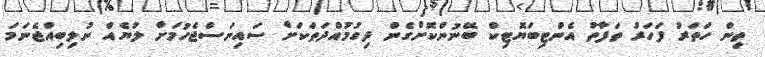
ތިން ހަތަރު ފަހަރު ތަފާތު އެންޓިބަޔޮޓިކް ބޭނުންކޮށްގެން ދިގުމުއްދަތަކަށް ސައިނަސްޖެހުމަށް ލުޔެއް ނުލިބިއްޖެނަމަ